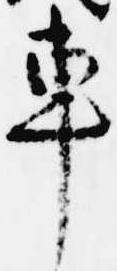
車